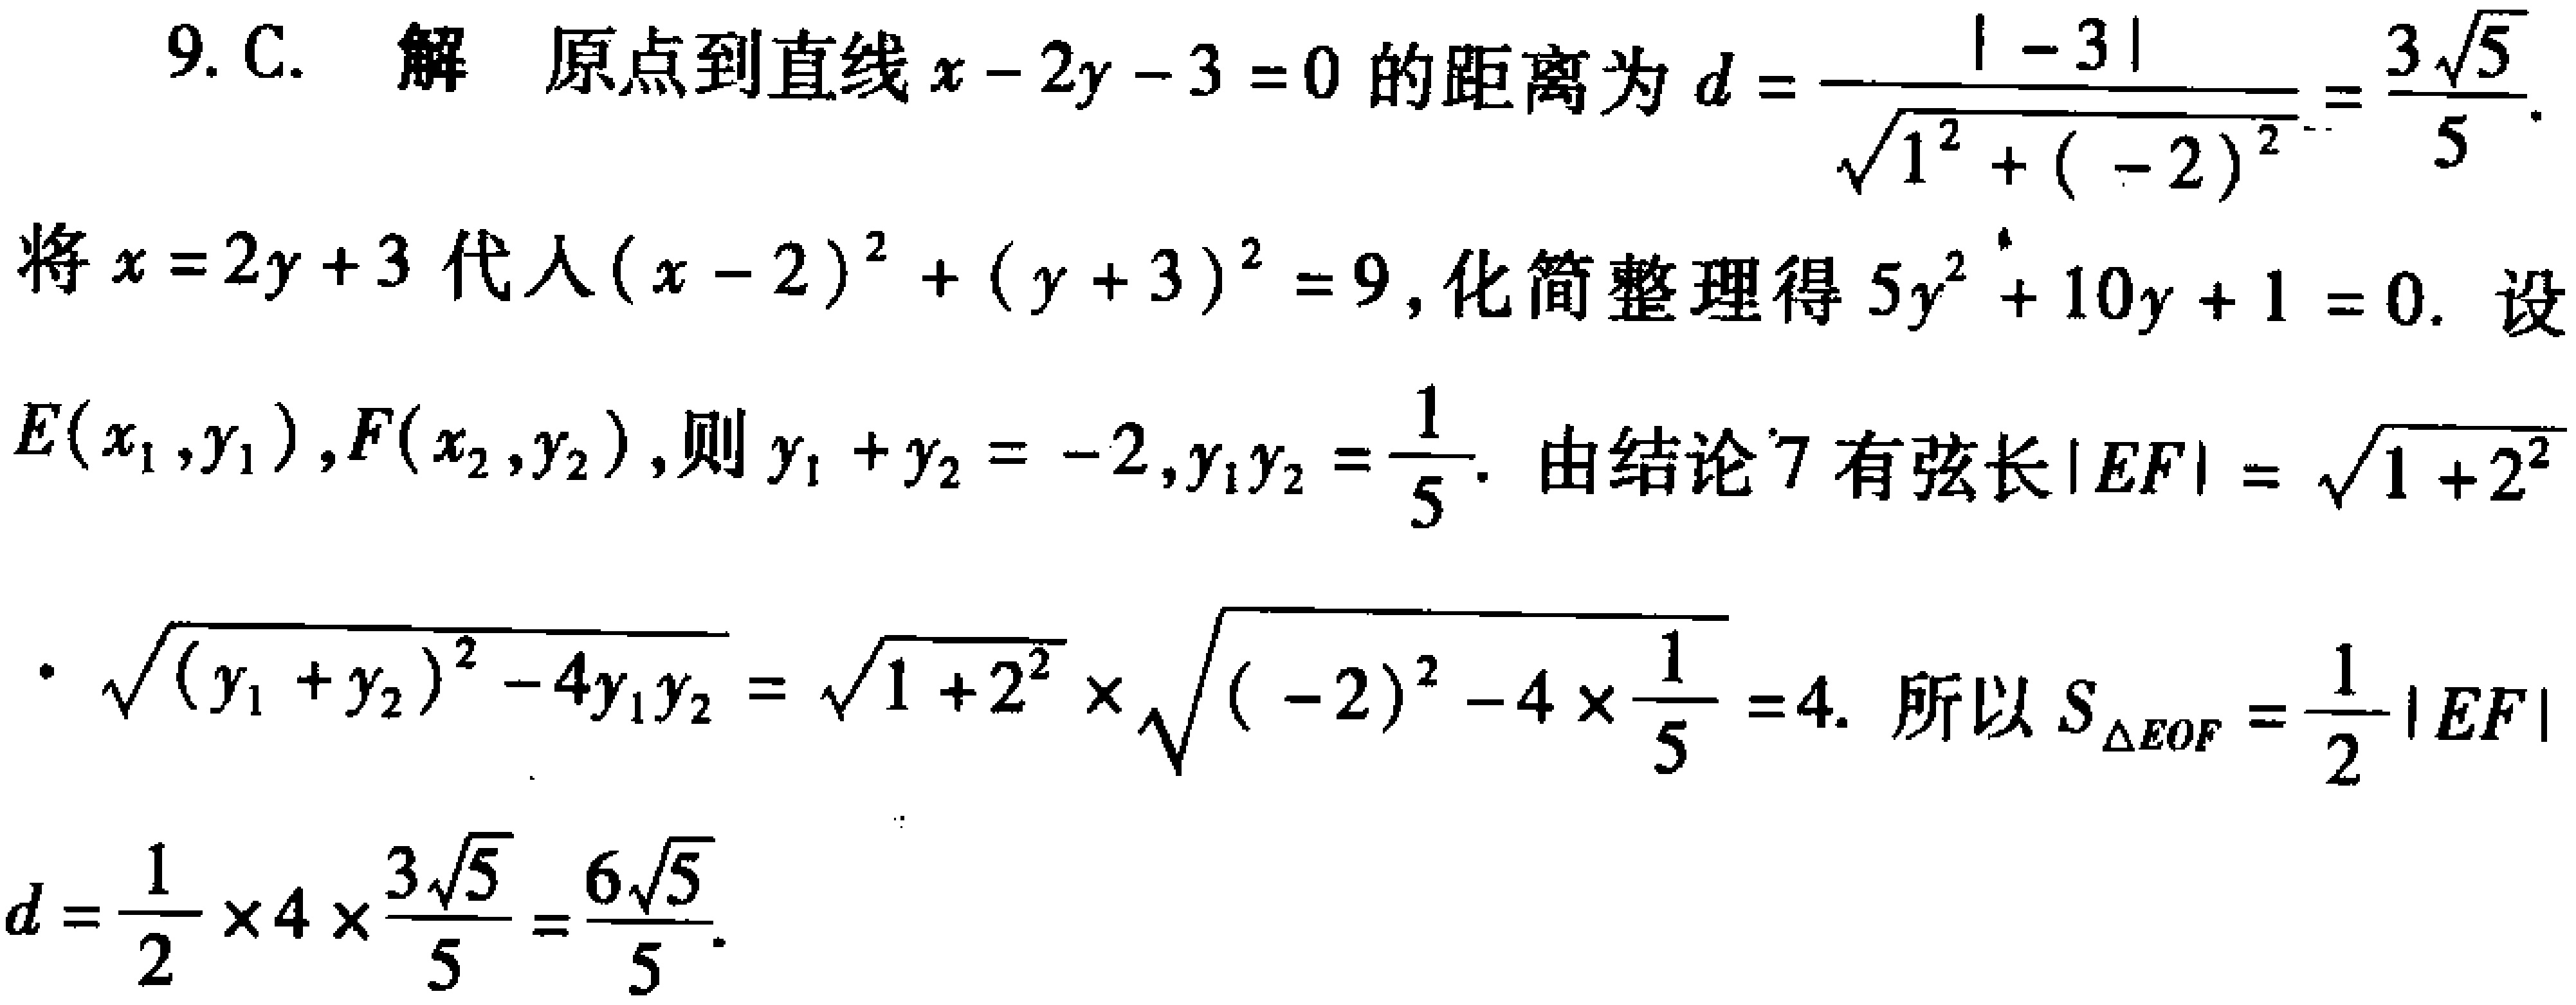
9. C. 解 原点到直线\(x - 2y - 3 = 0\)的距离为\(d = \frac{\vert - 3\vert}{\sqrt{1^{2} + ( - 2)^{2}}}=\frac{3\sqrt{5}}{5}\).
将\(x = 2y + 3\)代入\((x - 2)^{2} + (y + 3)^{2} = 9\), 化简整理得\(5y^{2} + 10y + 1 = 0\). 设\(E(x_{1},y_{1})\), \(F(x_{2},y_{2})\), 则\(y_{1} + y_{2} = - 2\), \(y_{1}y_{2} = \frac{1}{5}\). 由结论7有弦长\(\vert EF\vert = \sqrt{1 + 2^{2}}\cdot\sqrt{(y_{1} + y_{2})^{2} - 4y_{1}y_{2}} = \sqrt{1 + 2^{2}}\times\sqrt{( - 2)^{2} - 4\times\frac{1}{5}} = 4\). 所以\(S_{\triangle EOF} = \frac{1}{2}\vert EF\vert d=\frac{1}{2}\times4\times\frac{3\sqrt{5}}{5}=\frac{6\sqrt{5}}{5}\).